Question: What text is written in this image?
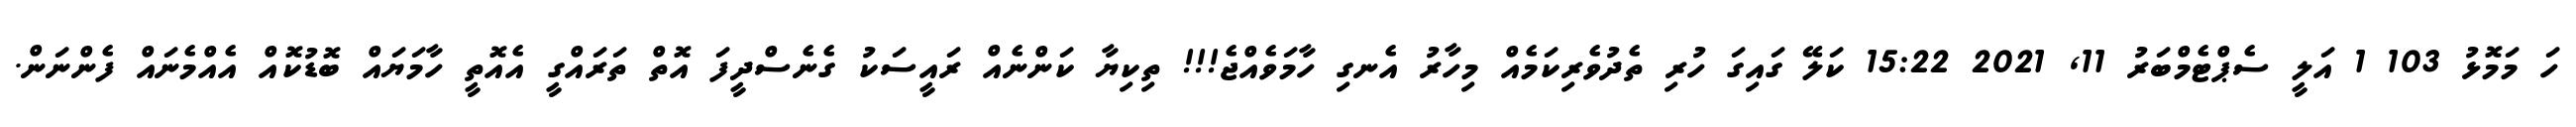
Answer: ހަ މަމޮޅު 103 1 އަލީ ސެޕްޓެމްބަރު 11, 2021 15:22 ކަލޭ ގައިގަ ހުރި ތެދުވެރިކަމެއް މިހާރު އެނގި ހާމަވެއްޖެ!!! ތިކިޔާ ކަންނެއް ރައީސަކު ގެނެސްދީފަ އޮތް ތަރައްގީ އެއޮތީ ހާމަޔައް ބޮޑުކޮއް އެއްމެނައް ފެންނަން.